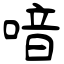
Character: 喑